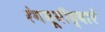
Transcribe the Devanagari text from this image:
रंगभूमीद्वारे